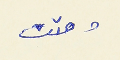
ومتت